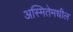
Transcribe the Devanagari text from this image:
अस्मितेमधील